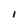
Character: I